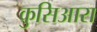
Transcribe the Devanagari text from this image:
कुसिआरा